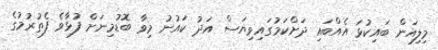
މިލިއަން ބައިކުޅަ އެއްބައި ދަށްކަމުގައިވިޔަސް އަދު ކައުނު މިވާ ބޮޑުމިނަށް ފުޅާވެ ފެތުރުމުގެ